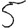
Digit: 5